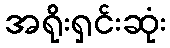
အရိုးရှင်းဆုံး